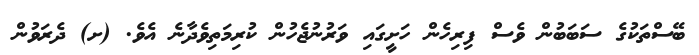
ބޭސްތަކުގެ ސަބަބުން ވެސް ފިރިހެން ހަށީގައި ވަރުނުޖެހުން ކުރިމަތިވެދާނެ އެވެ. (ށ) ދެރަވުން